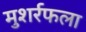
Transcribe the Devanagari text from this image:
मुशर्रफला